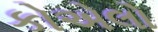
કોએલો